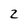
Character: 2